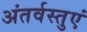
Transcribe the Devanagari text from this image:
अंतर्वस्तुएं